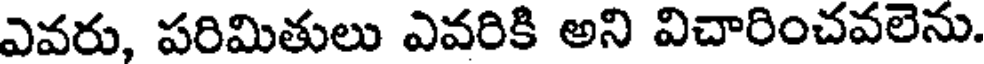
ఎవరు, పరిమితులు ఎవరికి అని విచారించవలెను.